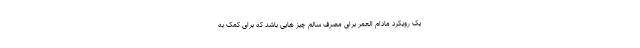
یک رویکرد مادام العمر برای مصرف سالم چیز هایی باشد که برای کمک به